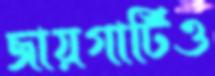
জায়গাটিও